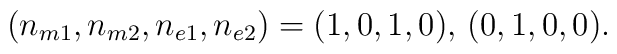
(n_{m1}, n_{m2}, n_{e1}, n_{e2}) = (1,0,1,0) , \, (0,1,0,0).